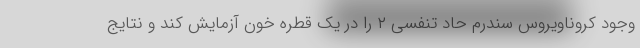
وجود کروناویروس سندرم حاد تنفسی ۲ را در یک قطره خون آزمایش کند و نتایج